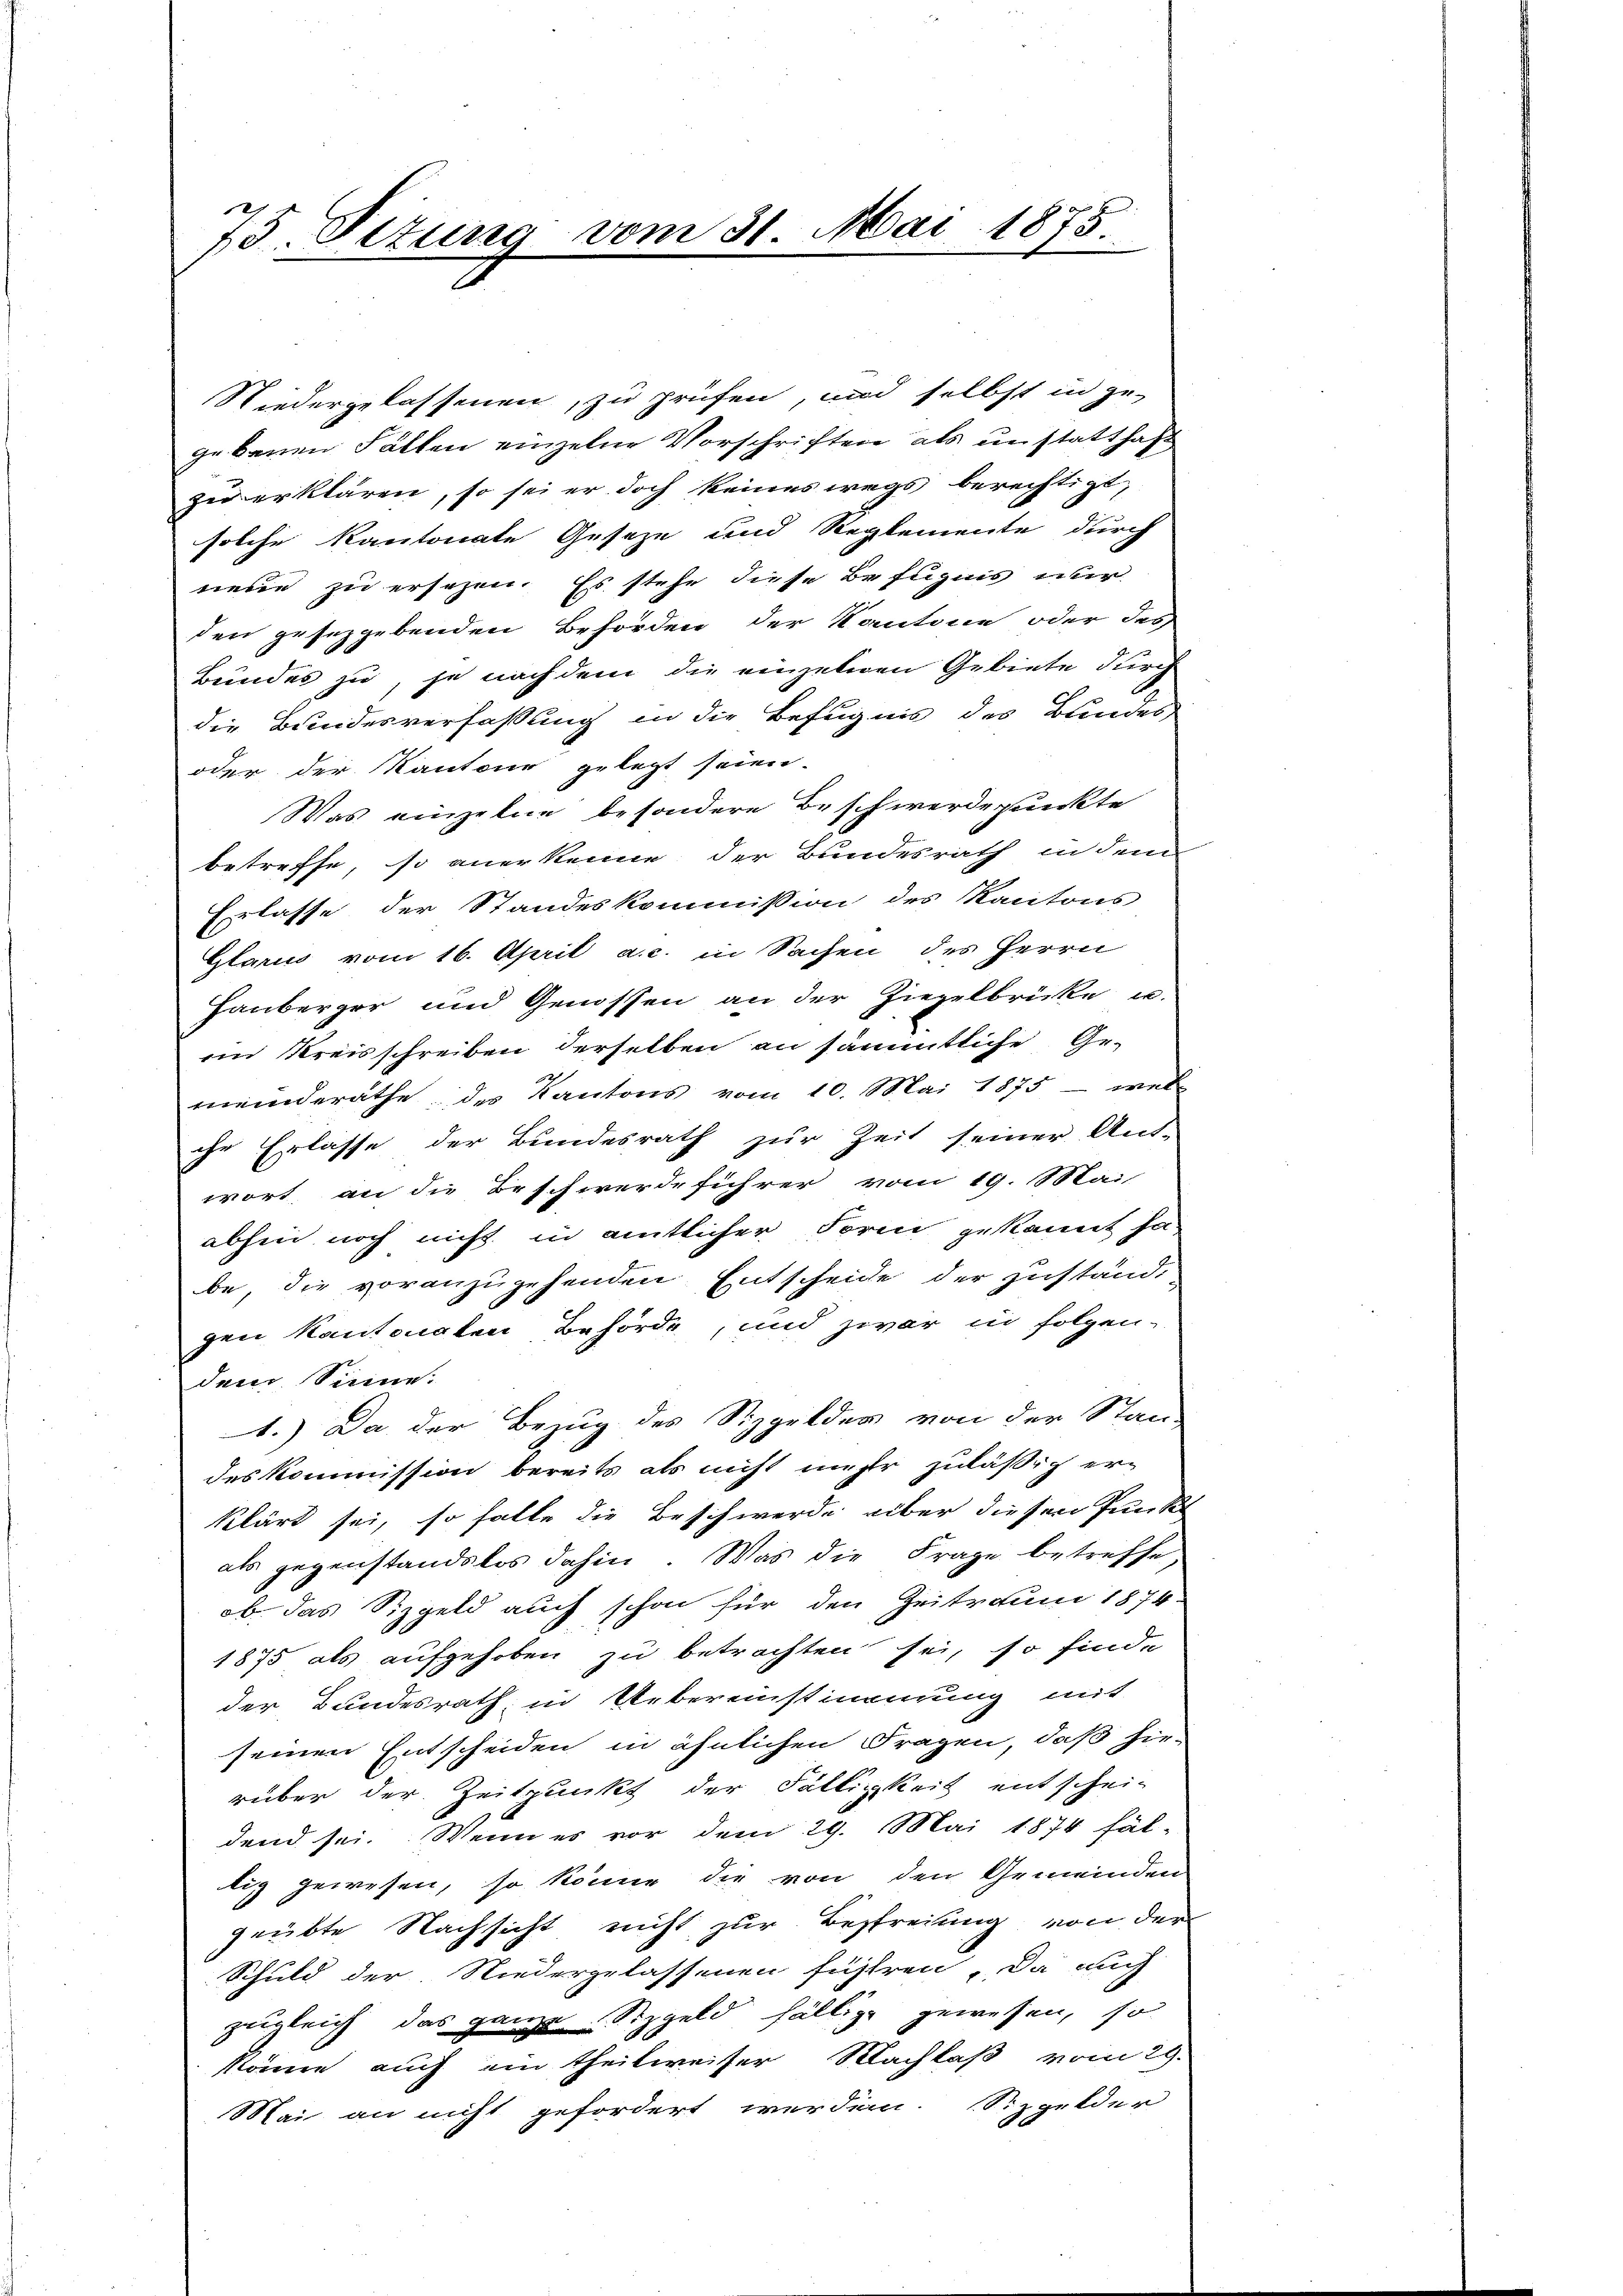
75 Situng vom 31. Mai 1875

Niedergelassenen, zu prüfen, und selbst in zu-
gebauen Fällen einzelne Vorschriften als unstatthaft
zu erklären, so sei er doch keineswegs berechtigt,
solche kantonate Geseze und Reglemente durch
neue zu ersezen. Es stehe diese Befugnis nur
den gesezgebenden Behörden der Kantone oder der
Bundes zu, je nach dem die einzelnen Gebiete Kirch
die Bundesverfassung in die Befugnis des Bundes
oder der Kantone gelegt seien.
Was einzelne besondere Beschwerdepunkte
betreffe, so anerkenne der Bundesrath in dem
Erlasse der Standeskommission des Kantons
Glarus vom 16. April a. c. in Sachen des Herrn
Hauberger und Genossen an der Ziegelbrücke u.
im Kreisschreiben derselben an sämmtliche Gemeinderathe, des Kantons vom 10. Mai 1875 - wel
che Erlasse der Bundesrath zur Zeit seiner Ant-
wort, an die Beschwerdeführer vom 19. Mai
abhin noch nicht in amtlicher Form gekannt sa
be, die voranzugehenden Entscheide der Zustand,
gen Kantonsten Behörde, und zwar in folgen-
dem Sinne.
1.) Da der Bezug des Sizgeldes von der Stan-
des Kommission bereits als nicht mehr zuläßig er-
klärt sei, so falle die Beschwerde aber diesen Punkt
als gegenstandslos dahin. Was die Frage betreffe
ob. das Sizgeld auch schon für den Zeitraum 1874
1875 als aufgehoben zu betrachten sei, so finde
der Bundesrath, in Uebereinstimmung mit
seinen Entscheiden in ähnlichen Fragen, daß hie-
rüber der Zeitpunkt der Fälligkeit entschei-
dend sei. Wenn es vor dem 29. Mai 1874 fäl-
tig gewesen, so könne die von den Gemeinden
grübte Nachsicht nicht zur Bestreiung von der
Schuld der Niedergelassenen führen, Da auch
zugleich das ganze Sizgeld fällige gewesen, so
könne, auch ein theilweiser Nachlaß vom 29.
Mai an nicht gefordert werden. Sizgelder